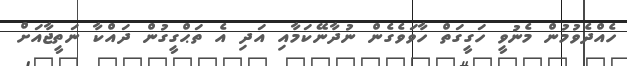
ހެއްދެވުމުން މެނުވީ ހަގީގަތް ހާވަވެގެން ނުދާނޭކަމާއި އަދި އެ ތަޙްގީގުން ދައްކާ ނަތީޖާއަށް